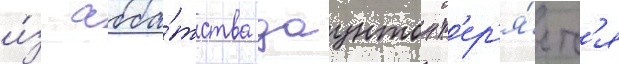
и́з абба́тства даунтон т'ер'я́етс'я